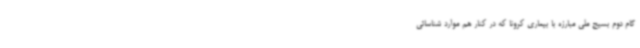
گام دوم بسیج ملی مبارزه با بیماری کرونا که در کنار هم موارد شناسائی